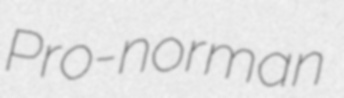
Pro-norman